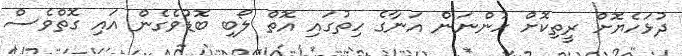
ދުޅަހެޔޮށް ރީތިކޮށް ހުންނަން އަނާގެ ހިތުގައި އޮތް ލޯބި ބޮޑުވެގެން އައި ގޮތްވެސް